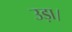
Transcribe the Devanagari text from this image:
उड़ा।